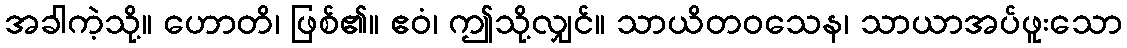
အခါကဲ့သို့။ ဟောတိ၊ ဖြစ်၏။ ဧဝံ၊ ဤသို့လျှင်။ သာယိတဝသေန၊ သာယာအပ်ဖူးသော